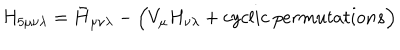
H _ { 5 \mu \nu \lambda } = \bar { H } _ { \mu \nu \lambda } - \Bigl ( V _ { \mu } H _ { \nu \lambda } + c y c l i c ~ p e r m u t a t i o n s \Bigr )